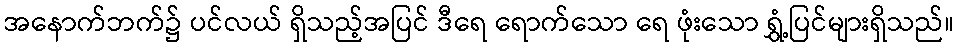
အနောက်ဘက်၌ ပင်လယ် ရှိသည့်အပြင် ဒီရေ ရောက်သော ရေ ဖုံးသော ရွှံ့ပြင်များရှိသည်။